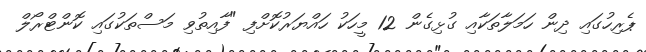
ޕެރިހުގައި ދިން ހަމަލާތަކާއި ގުޅިގެން 12 މީހަކު ހައްޔަރުކޮށްފި "ފާއިތުވި މަސްތަކުގައި ކޮންޓްރޯލް